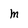
Character: m